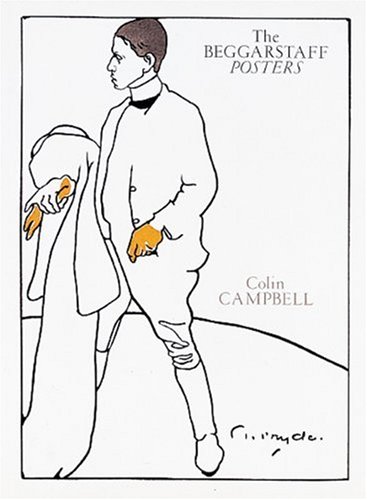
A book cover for The Beggarstaff Posters: The Work of James Pryde and William Nicholson; Colin Campbell; Crafts, Hobbies & Home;